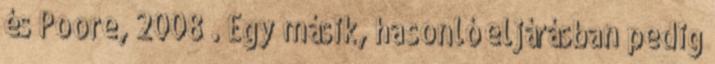
és Poore, 2008 . Egy másik, hasonló eljárásban pedig